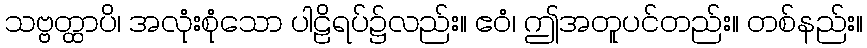
သဗ္ဗတ္ထာပိ၊ အလုံးစုံသော ပါဠိရပ်၌လည်း။ ဧဝံ၊ ဤအတူပင်တည်း။ တစ်နည်း။